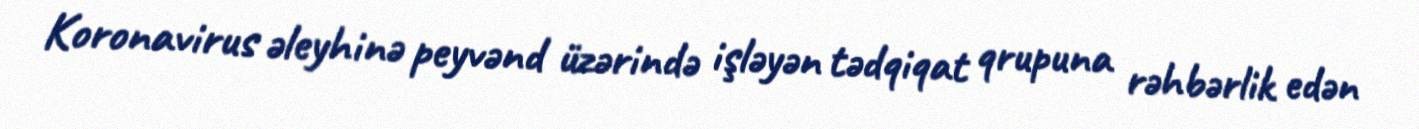
Koronavirus əleyhinə peyvənd üzərində işləyən tədqiqat qrupuna rəhbərlik edən